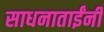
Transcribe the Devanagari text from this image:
साधनाताईंनी